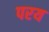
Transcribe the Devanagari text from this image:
परय